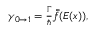
\begin{array} { r } { \gamma _ { 0 \rightarrow 1 } = \frac { \Gamma } { \hbar } \bar { \tilde { f } } ( E ( x ) ) , } \end{array}